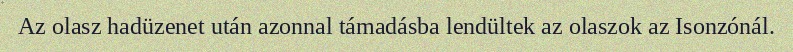
Az olasz hadüzenet után azonnal támadásba lendültek az olaszok az Isonzónál.